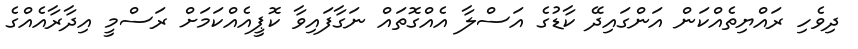
ދިވެހި ރައްޔިތެއްކަން އަންގައިދޭ ކާޑުގެ އަސްލާ އެއްގޮތައް ނަގާފައިވާ ކޮޕީއެއްކަމަށް ރަސްމީ އިދާރާއެއްގެ